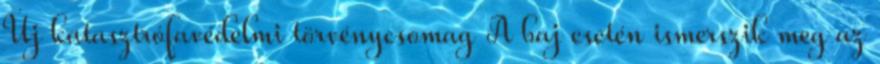
Új katasztrófavédelmi törvénycsomag A baj esetén ismerszik meg az